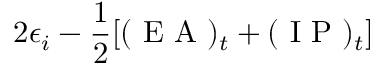
2 \epsilon _ { i } - \frac { 1 } { 2 } [ ( \mathrm { ~ E ~ A ~ } ) _ { t } + ( \mathrm { ~ I ~ P ~ } ) _ { t } ]